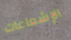
الإشعاعات